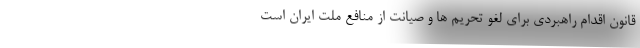
قانون اقدام راهبردی برای لغو تحریم ها و صیانت از منافع ملت ایران است